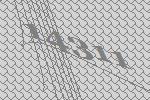
14311